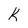
Character: K